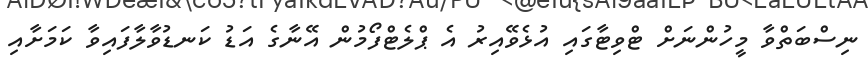
ނިސްބަތްވާ މީހުންނަށް ޓްވިޓާގައި އުޅެވޭއިރު އެ ޕްލެޓްފޯމުން އޭނާގެ އަޑު ކަނޑުވާލާފައިވާ ކަމަށާއި